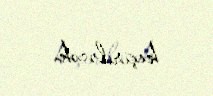
keçiriləcək.